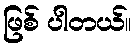
ဖြစ် ပါတယ်။